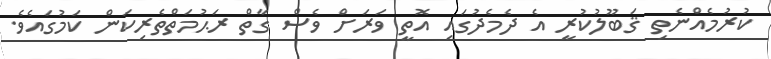
ކުރުމެއްނެތި ޤަބޫލުކުރީ އެ ދެމެދުގައި އޮތީ ވަރަށް ވެސް ގާތް ރަޙުމަތްތެރިކަން ކަމުގައެވެ.